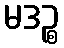
မဒဉ္စ